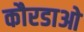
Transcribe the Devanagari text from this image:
कौरडाओ